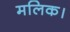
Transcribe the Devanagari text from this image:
मलिक।